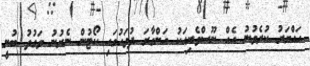
ހައްޔަރު ކުރެވުނު އެއް ނޫސްވެރިއަކު އަންގާރަ ދުވަހުގައި ކޯޓުން ނެރުނު ވަގުތު ބުނީ